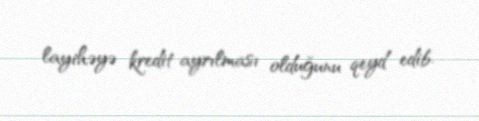
layihəyə kredit ayrılması olduğunu qeyd edib.